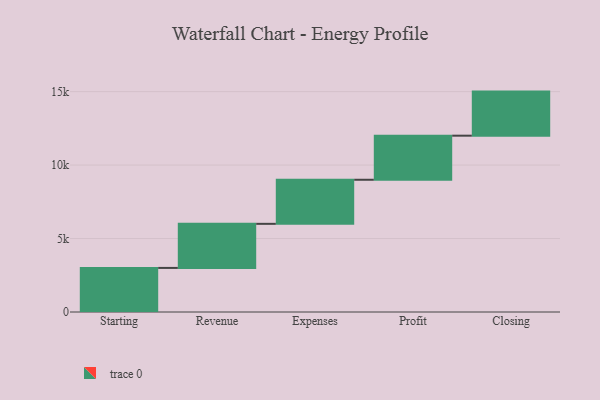
{"axis": {"x": "Step", "y": "Value"}, "legend": [""], "data": [{"x": "Starting", "y": 3000, "type": ""}, {"x": "Revenue", "y": 3000, "type": ""}, {"x": "Expenses", "y": 3000, "type": ""}, {"x": "Profit", "y": 3000, "type": ""}, {"x": "Closing", "y": 3000, "type": ""}]}